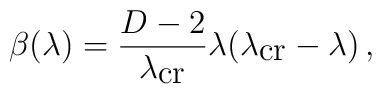
\beta(\lambda)=\frac{D-2}{\lambda_{\mbox{cr}}}\lambda     (\lambda_{\mbox{cr}}-\lambda)\, ,